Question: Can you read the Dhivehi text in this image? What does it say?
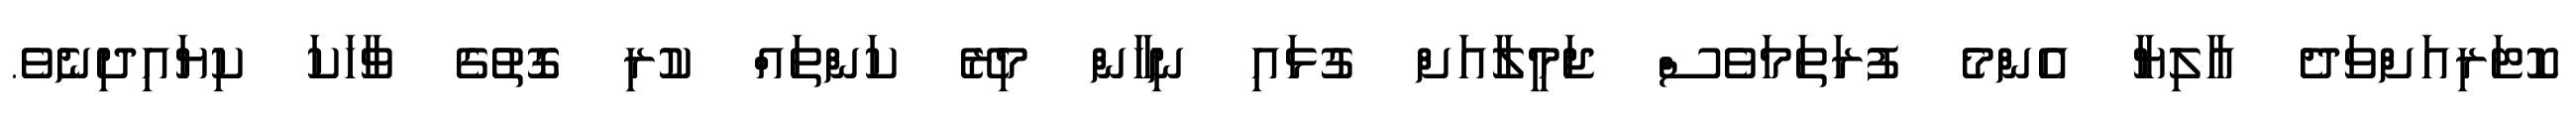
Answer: ކޮޓަރިއަށްވަދެ އާލިޔާ އެންމެ ފުރަތަމަވެސް ޖަމީލާއަށް ގުޅައި ނިހާން މިރޭ ކަންތައް ކުރި ގޮތުގެ ވާހަކަ ކިޔައިދިނެވެ.